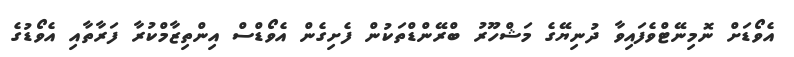
އެވޯޑަށް ނޮމިނޭޓްވެފައިވާ ދުނިޔޭގެ މަޝްހޫރު ބްރޭންޑްތަކުން ފެށިގެން އެވޯޑްސް އިންތިޒާމްކުރާ ފަރާތާއި އެވޯޑުގެ